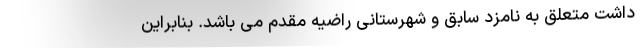
داشت متعلق به نامزد سابق و شهرستانی راضیه مقدم می باشد. بنابراین